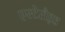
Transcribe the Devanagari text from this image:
एस्टेरौइड